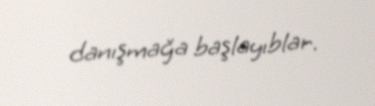
danışmağa başlayıblar.